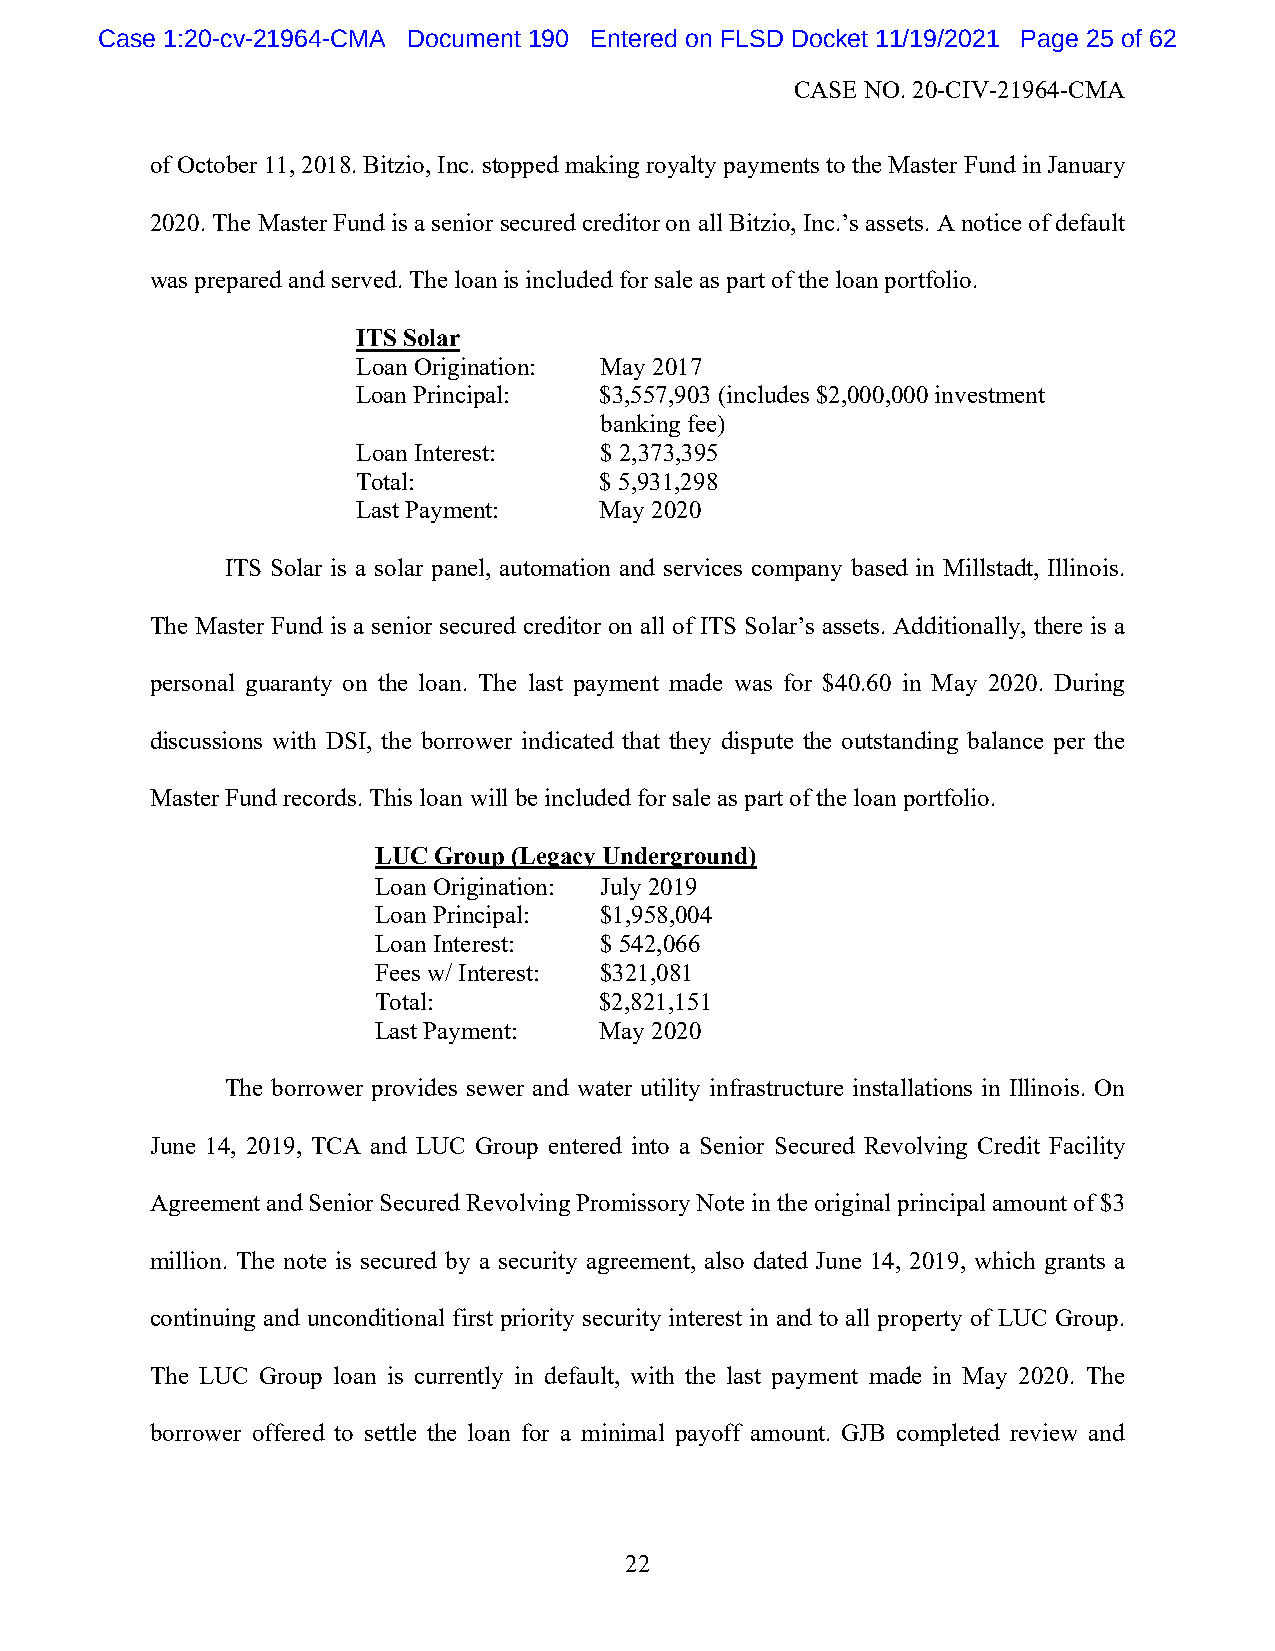
Case 1:20-cv-21964-CMA Document 190 Entered on FLSD Docket 11/19/2021 Page 25 of 62
 CASE NO. 20-CIV-21964-CMA
 of October 11, 2018. Bitzio, Inc. stopped making royalty payments to the Master Fund in January
 2020. The Master Fund is a senior secured creditor on all Bitzio, Inc.’s assets. A notice of default
 was prepared and served. The loan is included for sale as part of the loan portfolio.
 ITS Solar
 Loan Origination: May 2017
 Loan Principal: $3,557,903 (includes $2,000,000 investment
 banking fee)
 Loan Interest:  $ 2,373,395
 Total:          $ 5,931,298
 Last Payment:   May 2020
 ITS Solar is a solar panel, automation and services company based in Millstadt, Illinois.
 The Master Fund is a senior secured creditor on all of ITS Solar’s assets. Additionally, there is a
 personal guaranty on the loan. The last payment made was for $40.60 in May 2020. During
 discussions with DSI, the borrower indicated that they dispute the outstanding balance per the
 Master Fund records. This loan will be included for sale as part of the loan portfolio.
 LUC Group (Legacy Underground)
 Loan Origination: July 2019
 Loan Principal: $1,958,004
 Loan Interest: $ 542,066
 Fees w/ Interest: $321,081
 Total:         $2,821,151
 Last Payment:  May 2020
 The borrower provides sewer and water utility infrastructure installations in Illinois. On
 June 14, 2019, TCA and LUC Group entered into a Senior Secured Revolving Credit Facility
 Agreement and Senior Secured Revolving Promissory Note in the original principal amount of $3
 million. The note is secured by a security agreement, also dated June 14, 2019, which grants a
 continuing and unconditional first priority security interest in and to all property of LUC Group.
 The LUC Group loan is currently in default, with the last payment made in May 2020. The
 borrower offered to settle the loan for a minimal payoff amount. GJB completed review and
 22